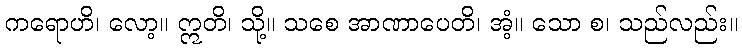
ကရောဟိ၊ လော့။ ဣတိ၊ သို့။ သစေ အာဏာပေတိ၊ အံ့။ သော စ၊ သည်လည်း။